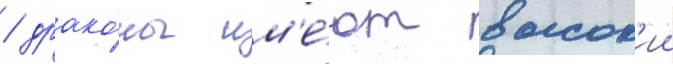
/ драко́ны им'е́ют высок'ии